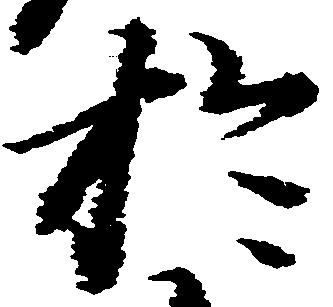
於